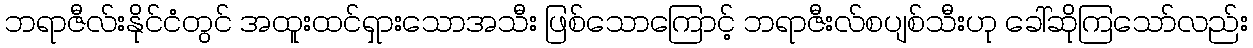
ဘရာဇီလ်းနိုင်ငံတွင် အထူးထင်ရှားသောအသီး ဖြစ်သောကြောင့် ဘရာဇီးလ်စပျစ်သီးဟု ခေါ်ဆိုကြသော်လည်း